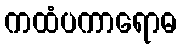
ကထံပကာရောဓ